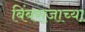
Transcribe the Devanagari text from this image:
बिंबराजाच्या